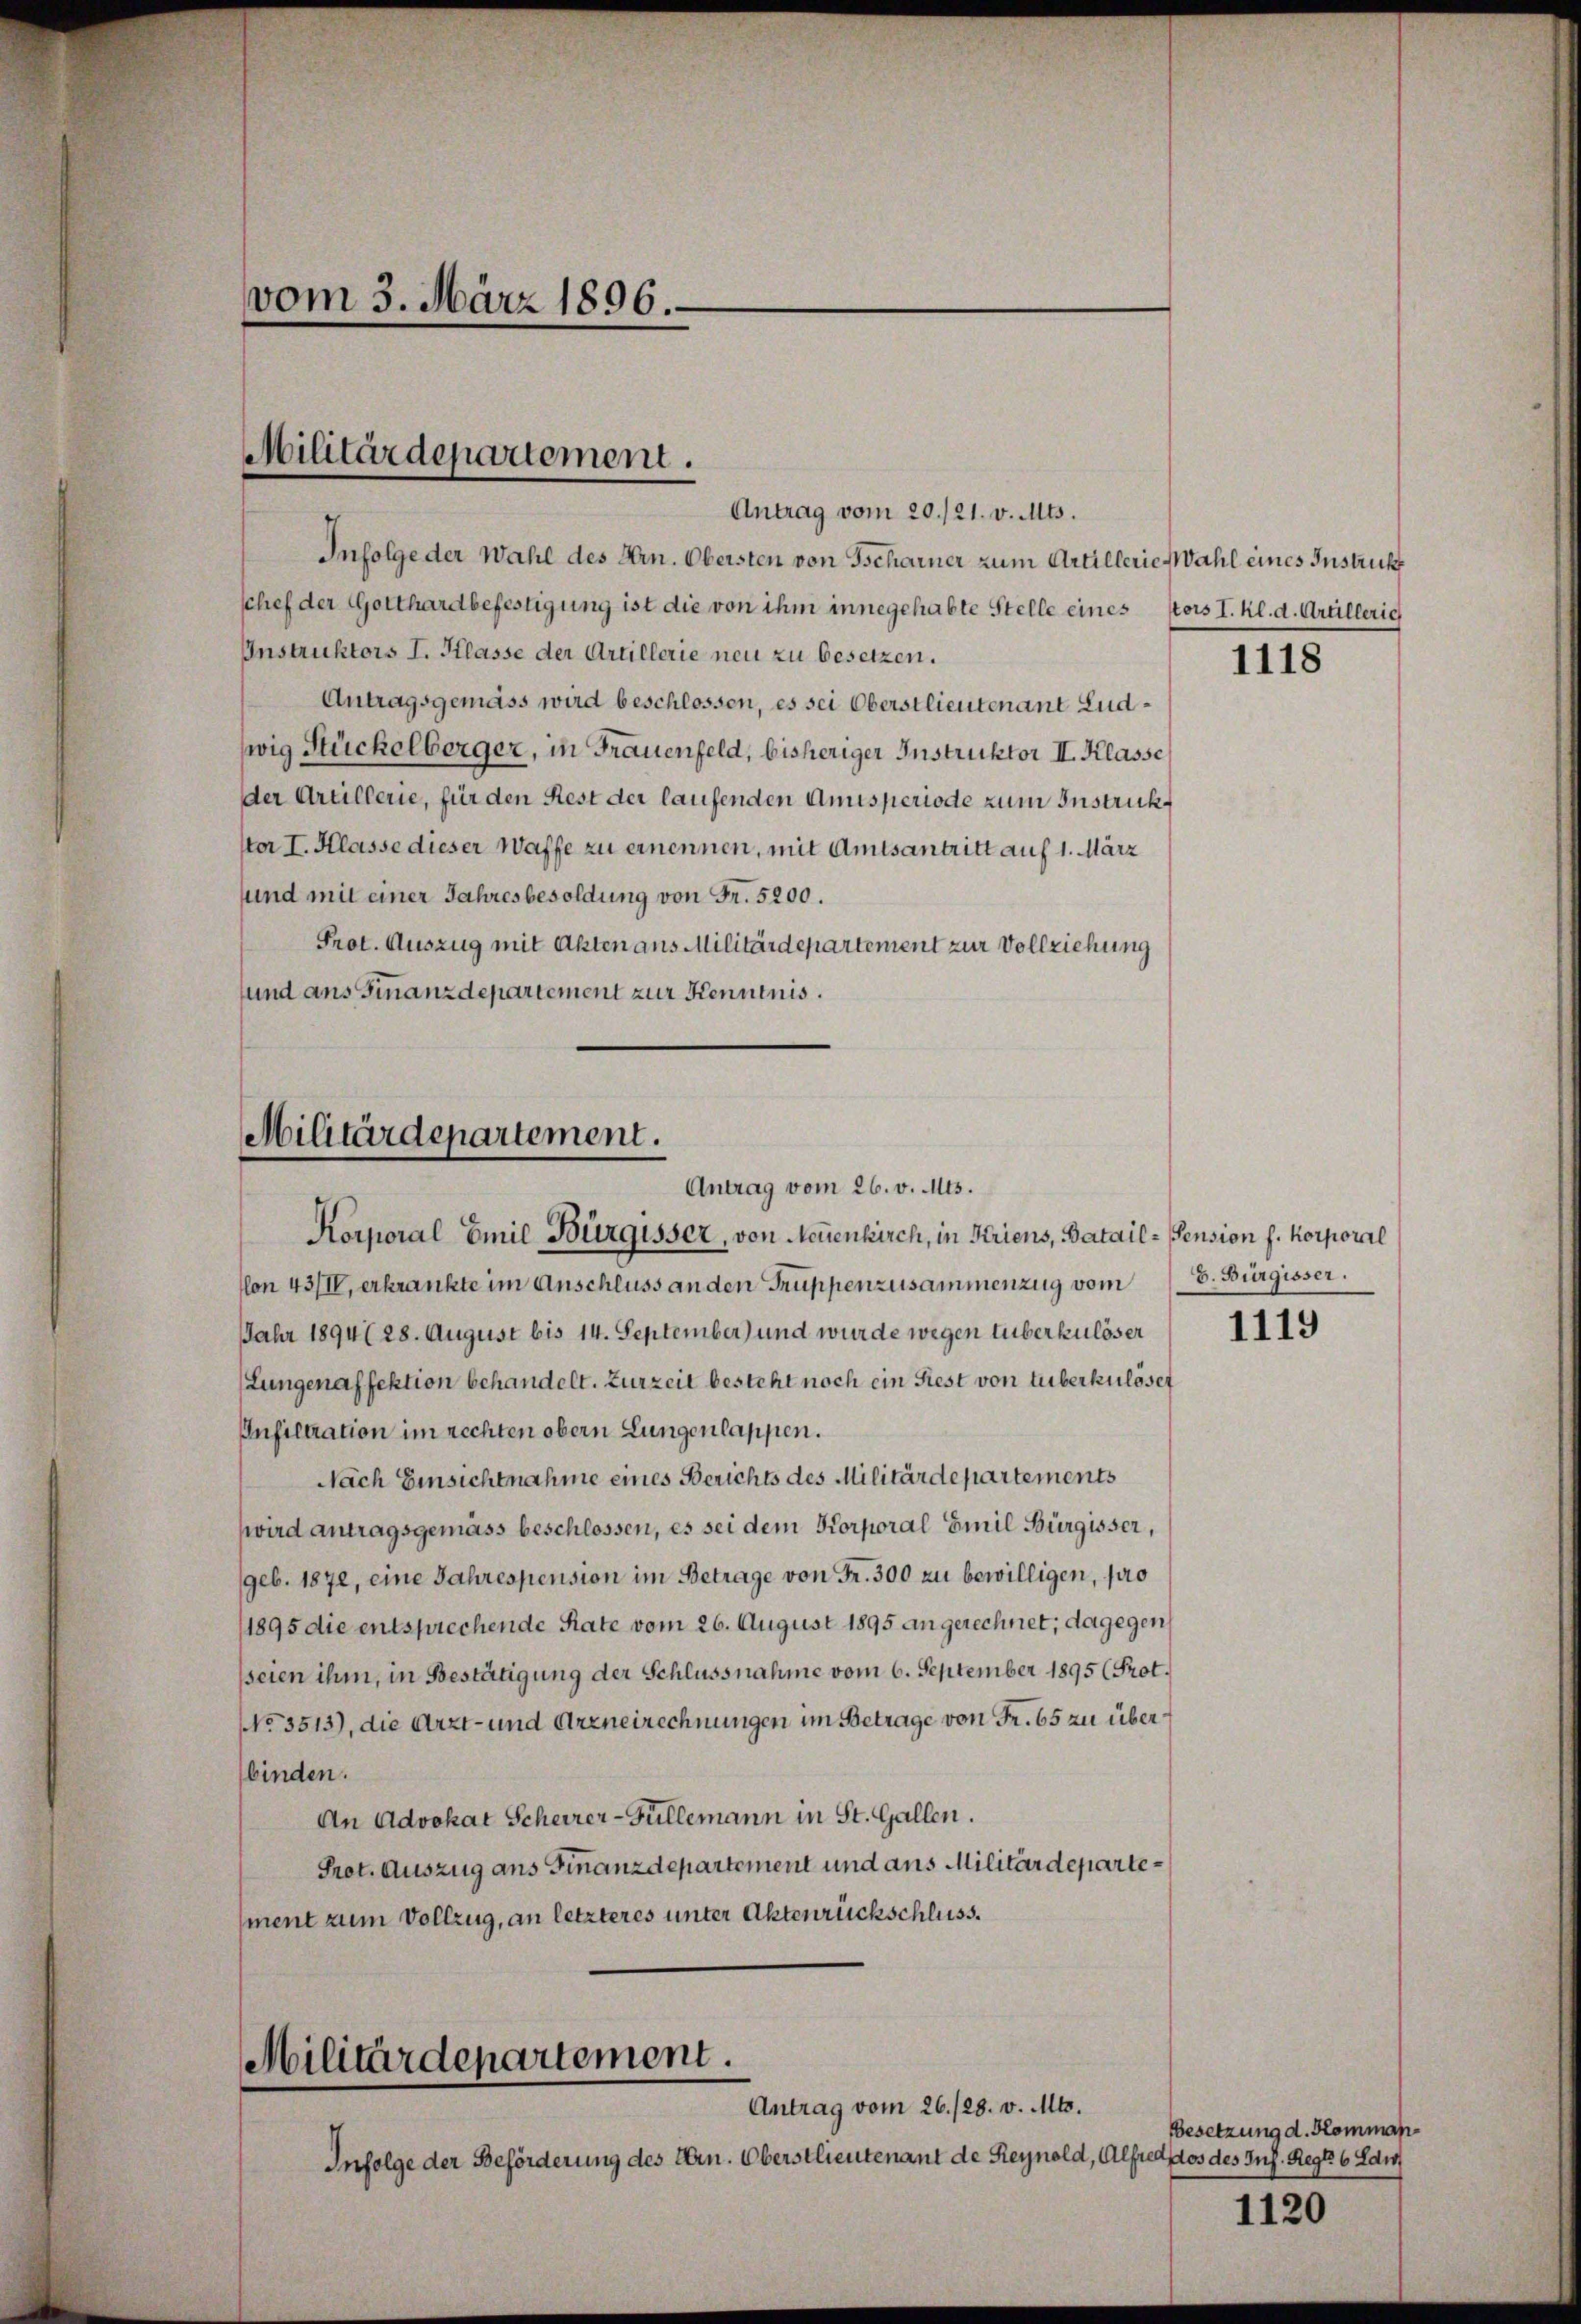
vom 3. März 1896.

Militärdepartement.
Antrag vom 20./21. v. Mts.

Infolge der Wahl des Hrn. Obersten von Tscharner zum Artillerie Wahl eines Instrukt
schef der Gotthardbefestigung ist die von ihm innegehabte Stelle eines stors I. Kl. d. Artilleric
Instruktors I. Klasse der Artillerie neu zu besetzen.
Antragsgemäss wird beschlossen, es sei Oberstlieutenant Ludwig Stückelberger, in Frauenfeld, bisheriger Instruktor II. Klasse
der Artillerie, für den Rest der laufenden Amtsperiode zum Instruck
ster I. Klasse dieser Waffe zu ernennen, mit Amtsantritt auf 1. März
sund mit einer Jahresbesoldung von Fr. 5200.
Prot. Auszug mit Akten aus Militärdepartement zur Vollziehung
sund ans Finanzdepartement zur Kenntnis.

Militärdepartement.
Antrag vom 26. v. Mts.

Korporal Emil Bürgisser, von Neuenkirch, in Kriens, Batail-Pension f. Korporal
lon 43/IV, erkrankte im Anschluss an den Truppenzusammenzug vom
Jahr 1894 (28. August bis 14. September) und wurde wegen tuberkulöser
(Lungenaffektion behandelt. Zurzeit besteht noch ein Siest von Huberkulöset
Infiltration im rechten obern Lungenlappen.
Nach Einsichtnahme eines Berichts des Militärdepartements
wird antragsgemäss beschlossen, es sei dem Korporal Emil Bürgisser,
geb. 1872, eine Jahrespension im Betrage von Fr. 300 zu bewilligen, pro
1895 die entsprechende Rate vom 26. August 1895 an gerechnet; dagegen
seien ihm, in Bestätigung der Schlussnahme vom 6. September 1895 (Prot.
NNo. 3513), die Arzt- und Arzneirechnungen im Betrage von Fr. 65 zu überbinden.
An Advokat Scherer-Füllemann in St. Gallen.
Prot. Auszug aus Finanzdepartement und aus Militärdepartement zum Vollzug, an letzteres unter Aktenrückschluss.

Militärdepartement.
Antrag vom 26./28. v. Mts.

Infolge der Beförderung des Hrn. Oberstlieutenant de Reynold, Alfred des des Ins. Regle 6 di

1118

E. Bürgisser.

1119

Besetzung d. Komman¬

1120